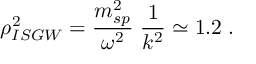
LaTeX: \rho _ { I S G W } ^ { 2 } = \frac { m _ { s p } ^ { 2 } } { \omega ^ { 2 } } \; \frac { 1 } { k ^ { 2 } } \simeq 1 . 2 \; .